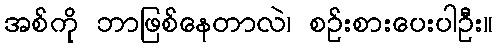
အစ်ကို ဘာဖြစ်နေတာလဲ၊ စဉ်းစားပေးပါဦး။